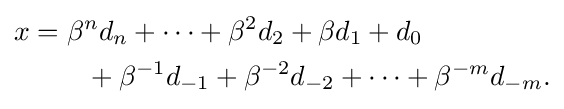
{\begin{aligned}x&=\beta ^{n}d_{n}+\cdots +\beta ^{2}d_{2}+\beta d_{1}+d_{0}\\&\qquad +\beta ^{-1}d_{-1}+\beta ^{-2}d_{-2}+\cdots +\beta ^{-m}d_{-m}.\end{aligned}}